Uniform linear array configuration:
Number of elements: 32
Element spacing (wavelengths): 0.25
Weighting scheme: hann
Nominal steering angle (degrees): -30
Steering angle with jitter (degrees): -28.174
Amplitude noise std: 0.05
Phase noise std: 0.05

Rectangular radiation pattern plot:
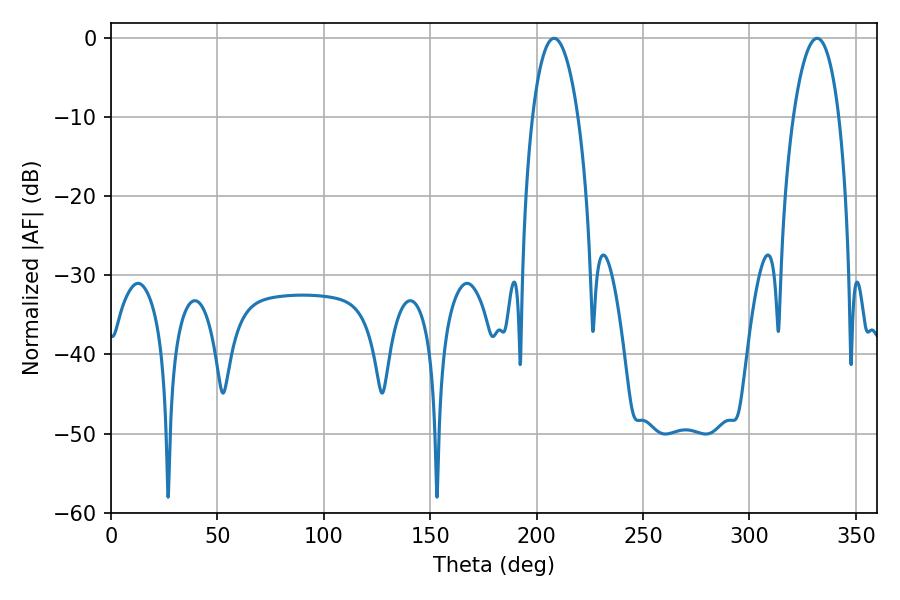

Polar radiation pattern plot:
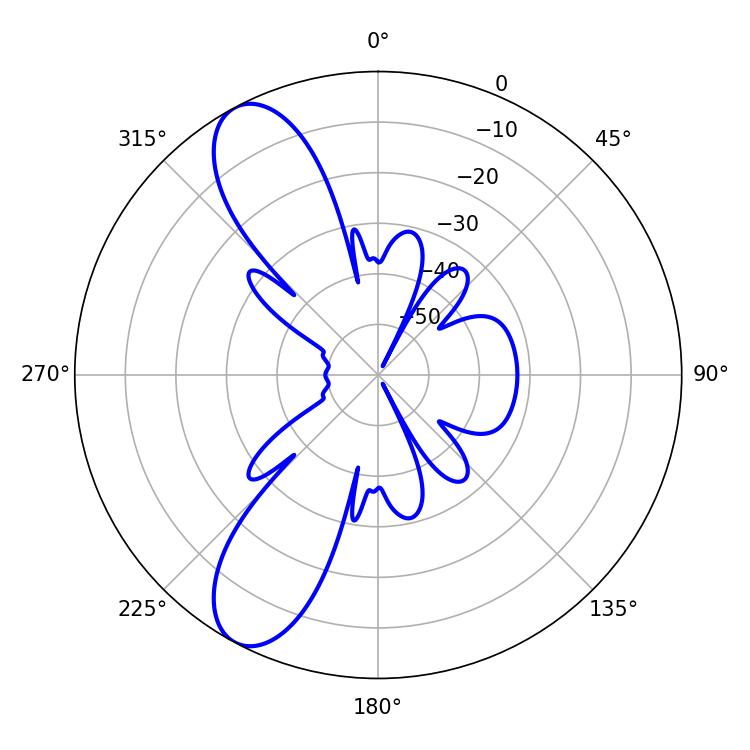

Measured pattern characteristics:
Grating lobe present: FALSE
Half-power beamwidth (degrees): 12.06
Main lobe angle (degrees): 208.26